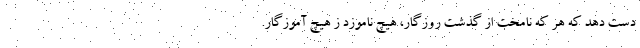
دست دهد که هر که نامُخت از گذشت روزگار، هیچ ناموزد ز هیچ آموزگار.